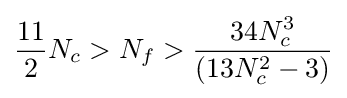
{\frac {11}{2}}N_{c}>N_{f}>{\frac {34N_{c}^{3}}{(13N_{c}^{2}-3)}}